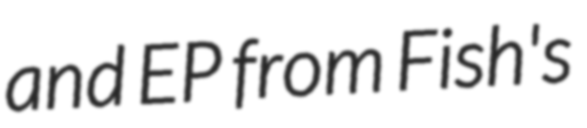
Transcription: and EP from Fish's